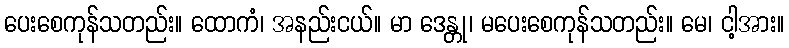
ပေးစေကုန်သတည်း။ ထောကံ၊ အနည်းငယ်။ မာ ဒေန္တု၊ မပေးစေကုန်သတည်း။ မေ၊ ငါ့အား။